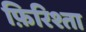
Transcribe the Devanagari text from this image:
फ़िरिश्ता